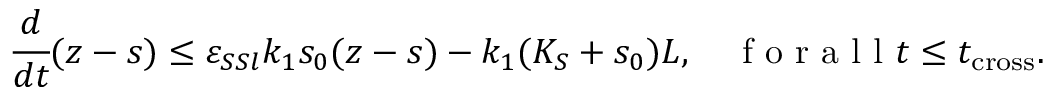
\cfrac { d } { d t } ( z - s ) \leq \varepsilon _ { S S l } k _ { 1 } s _ { 0 } ( z - s ) - k _ { 1 } ( K _ { S } + s _ { 0 } ) L , \quad \mathrm { ~ f ~ o ~ r ~ a ~ l ~ l ~ } t \leq t _ { \mathrm { c r o s s } } .